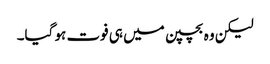
لیکن وہ بچپن میں ہی فوت ہو گیا۔